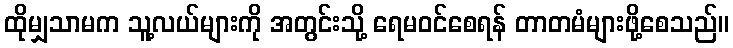
ထိုမျှသာမက သူ့လယ်များကို အတွင်းသို့ ရေမဝင်စေရန် တာတမံများဖို့စေသည်။